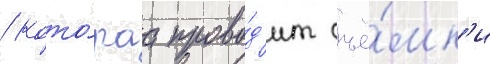
/ кото́раа прово́д'ит съё́мк'и